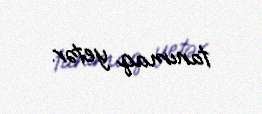
tanımaq yetər.